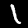
Label: 1